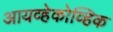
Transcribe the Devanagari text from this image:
आयव्हेकोव्हिक